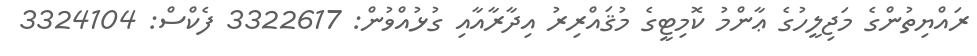
ރައްޔިތުންގެ މަޖިލީހުގެ ޢާންމު ކޮމިޓީގެ މުޤައްރިރު އިދާރާއާއި ގުޅުއްވުން: 3322617 ފެކްސް: 3324104